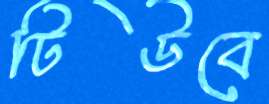
টিউবে